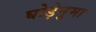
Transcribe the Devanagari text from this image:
घोड़ेनुमा